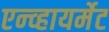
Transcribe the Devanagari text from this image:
एन्व्हायर्मेट